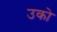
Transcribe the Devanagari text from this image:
उको